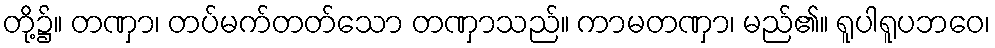
တို့၌။ တဏှာ၊ တပ်မက်တတ်သော တဏှာသည်။ ကာမတဏှာ၊ မည်၏။ ရူပါရူပဘဝေ၊